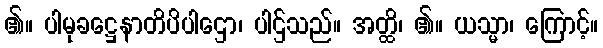
၏။ ပါမုခဋ္ဌေနာတိပိပါဌော၊ ပါဌ်သည်။ အတ္ထိ၊ ၏။ ယသ္မာ၊ ကြောင့်။